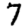
Digit: 7